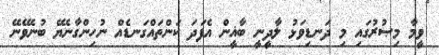
ވީމާ މިޞުރުގައި މި ދަނޑިވަޅު ލާދީނީ ބާޣީން އެފަދަ ކަންތައްގަނޑެއް ނުހިންގާނެޔޭ ބުނެވޭނޭ